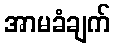
အာမခံချက်